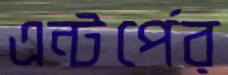
এন্টর্পের